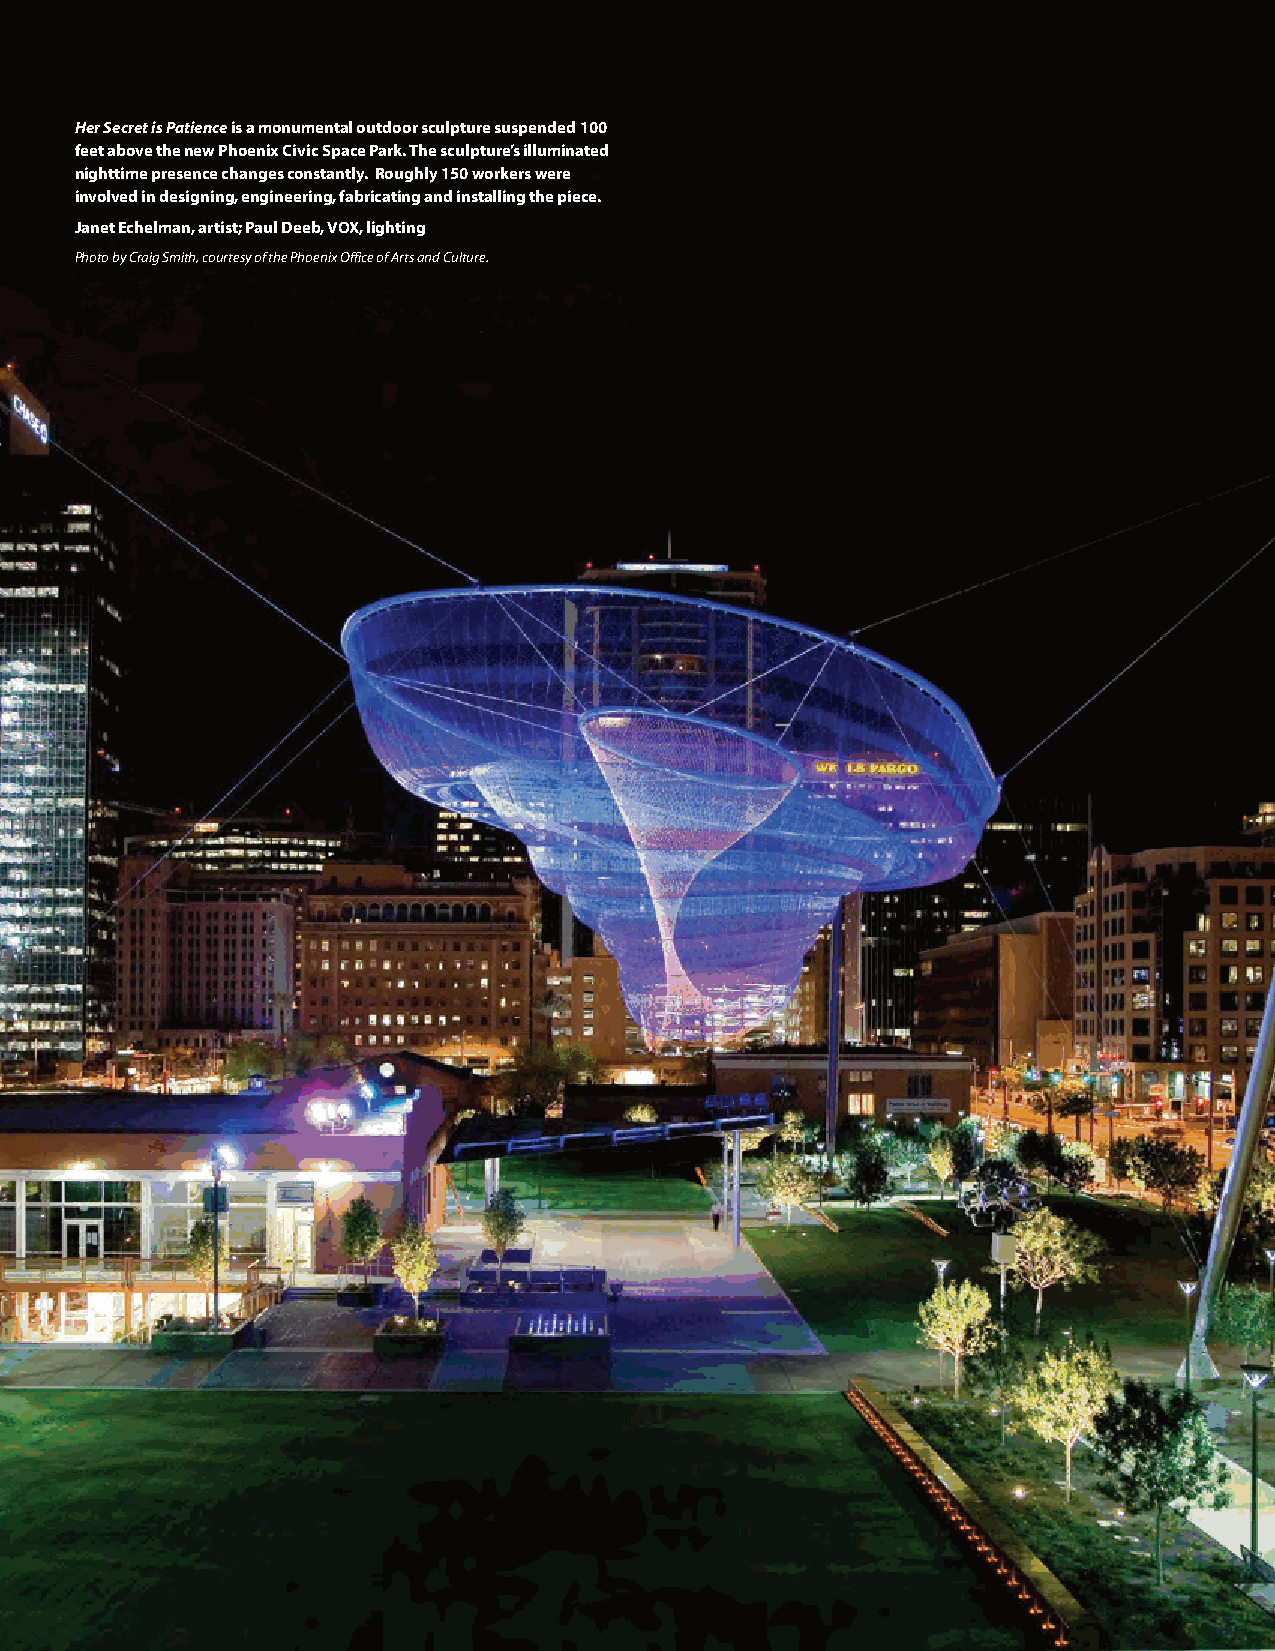
Her Secret is Patienceis a monumental outdoor sculpture suspended 100
 feet above the new Phoenix Civic Space Park. The sculpture’s illuminated
 nighttime presence changes constantly. Roughly 150 workers were
 involved in designing, engineering, fabricating and installing the piece.
 Janet Echelman, artist; Paul Deeb, VOX, lighting
 Photo by Craig Smith, courtesy of the Phoenix Office of Arts and Culture.